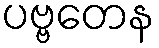
ပဗ္ဗတေန